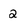
Character: 2